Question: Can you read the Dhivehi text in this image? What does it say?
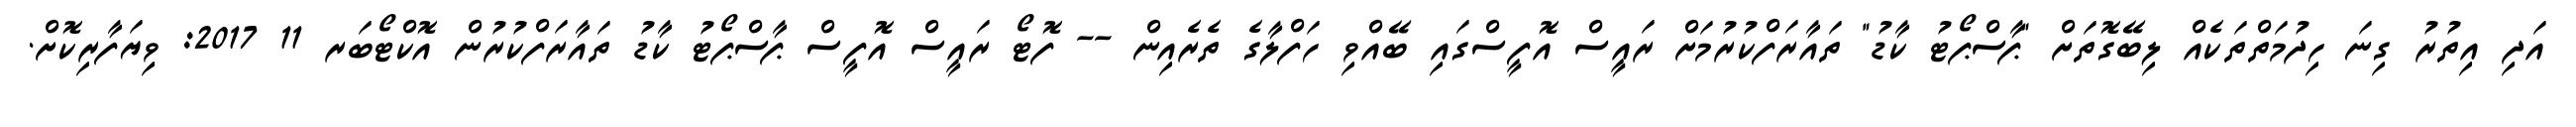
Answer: އަދި އިތުރު ގިނަ ހިދުމަތްތަކެއް ލިބޭގޮތަށް "ޕާސްޕޯޓު ކާޑު" ތައާރަފްކުރުމަށް ރައީސް އޮފީސްގައި ބޭއްވި ހަފްލާގެ ތެރެއިން -- ފޮޓޯ ރައީސް އޮފީސް ޕާސްޕޯޓު ކާޑު ތައާރަފްކުރުން އޮކްޓޯބަރ 11 2017: ވިޔަފާރިކޮށް.